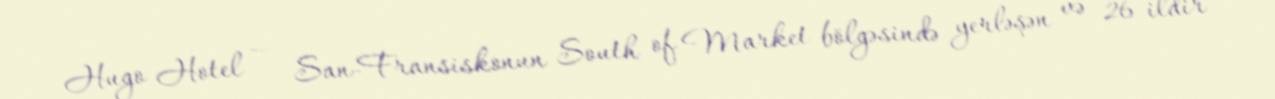
Hugo Hotel — San-Fransiskonun South of Market bölgəsində yerləşən və 26 ildir